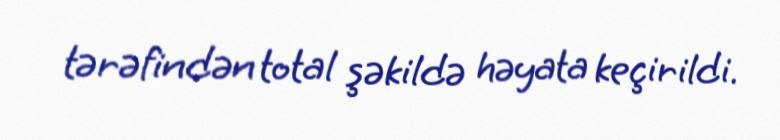
tərəfindən total şəkildə həyata keçirildi.